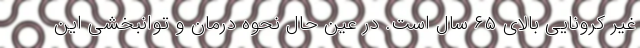
غیر کرونایی بالای ۶۵ سال است. در عین حال نحوه درمان و توانبخشی این